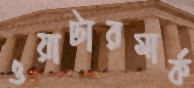
ওয়াটারমার্ক